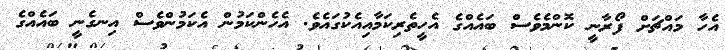
އެހާ މައްޗަށް ފޯރާނީ ކޮންމެވެސް ބައެއްގެ އެހީތެރިކަމާއިއެކުގައެވެ. އެހެންކަމުން އެކަމުންވެސް އިނގެނީ ބައެއްގެ